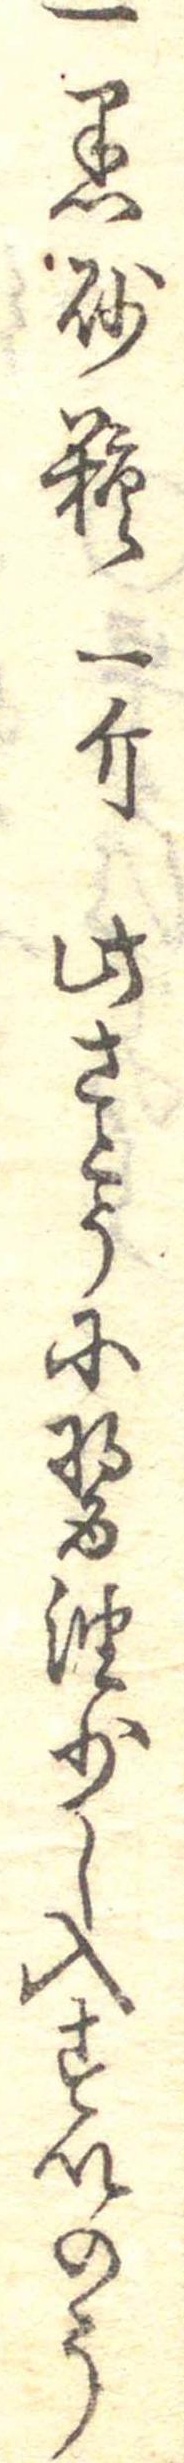
一黒砂糖一斤此さとうに醤油少し入すいのう